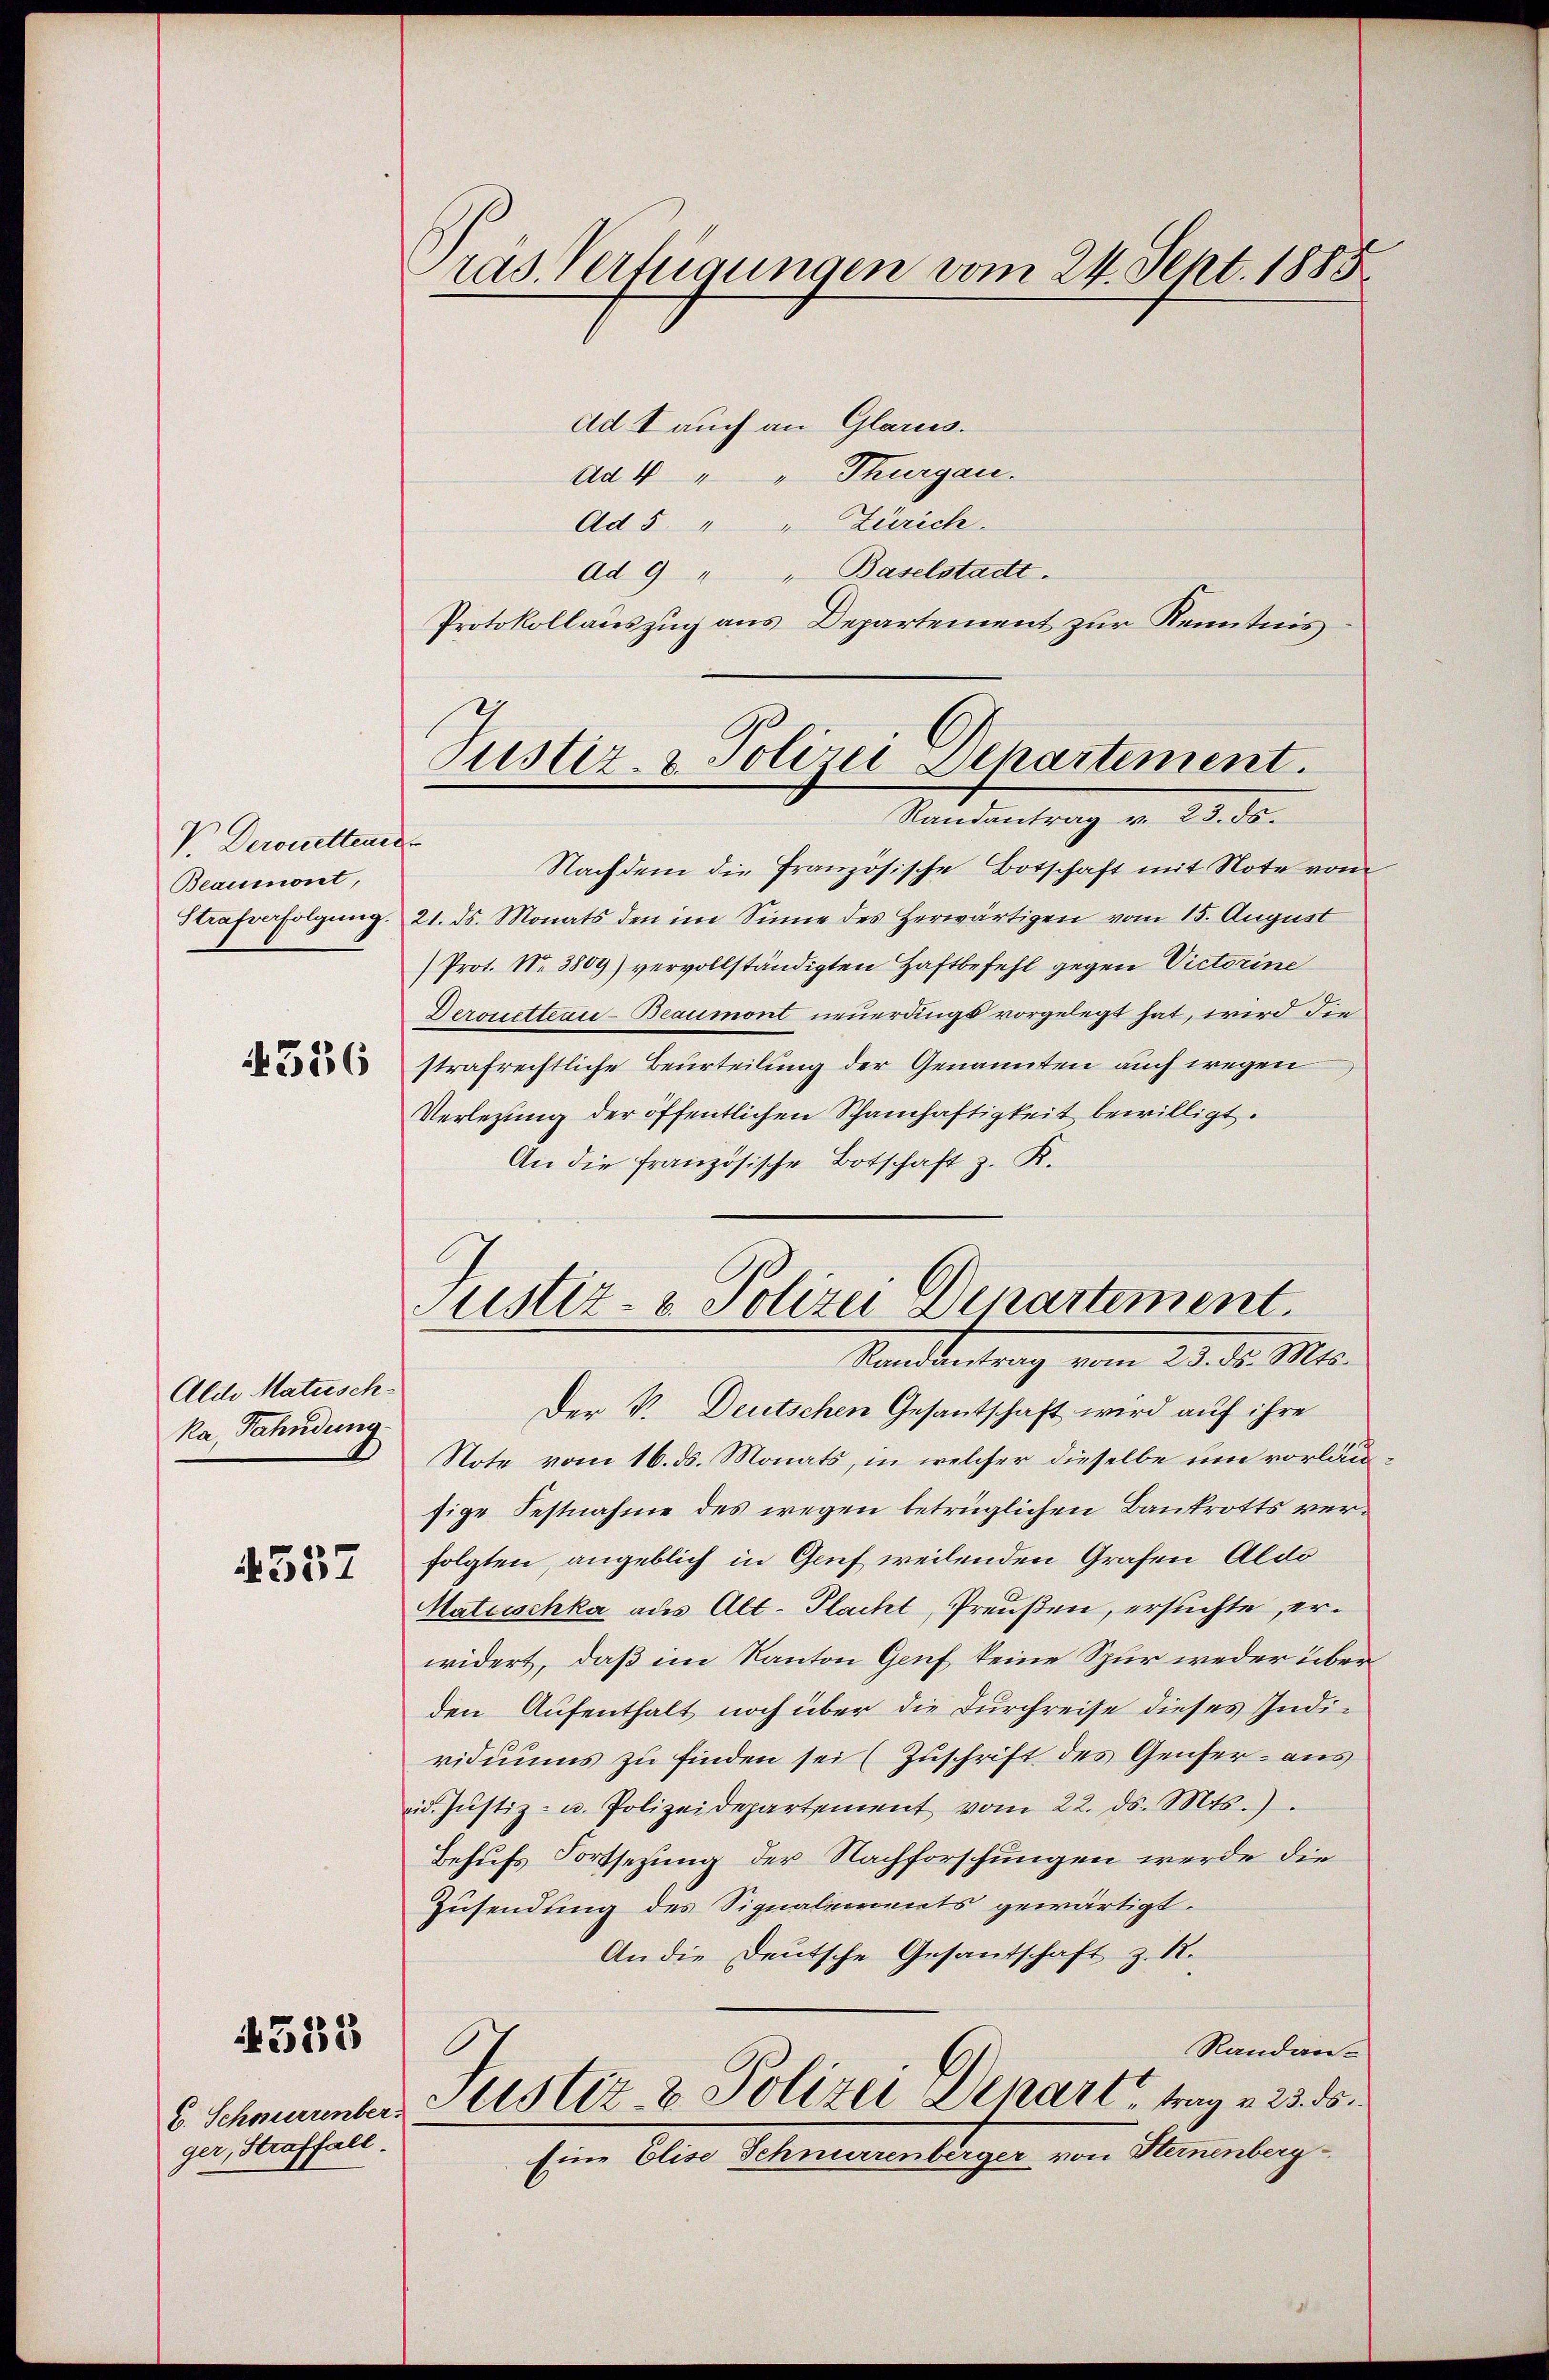
V. Deronettenes
Beaumont,
536

Aldle Matuschka, Fahndung

557

ger, Straffall.

4585

ras. Verfügungen vom 24. Sept. 1885.

Ad I auch an Glarus.
dd 4 " " Thurgau.
Ad 5 " " Zürich.
Ad 9 " " Baselstadt.
Protokollauszug aus Departement zur Kenntnis

Justiz- & Polizei-Departement.

Randantrag v. 23. ds.
Nachdem die französische Botschaft mit Note vom
Strafverfolgŭng. 21. ds. Monats den im Sinne des herwärtigen vom 15. August
Prot. No. 3809) vervollständigten Haftbefehl gegen Victorine
Derosetteau-Beaumont neuerdings vorgelegt hat, wird die
strafrechtliche Beurteilung der Genannten auch wegen
Verlegung der öffentlichen Schamhaftigkeit bewilligt.
An die französische Botschaft z. K.
Der V. Deutschen Gesantschaft wird auf ihre
Note vom 16. ds. Monats, in welcher dieselbe um vorläu
sige Festnahme des wegen betrüglichen Bankrotts verfolgten, angeblich in Gruf weilenden Grafen Aldo
Matuschka aus Alt. Placht, Preußen, ersuchte, erwidert, daß im Kanton Genf keine Spur weder überden Aufenthalt noch über die Furchreise dieses Individuums zu finden sei (Zuschrift des Genfer - aus
eid. Justiz- u. Polizeidepartement vom 22. ds. Mts.
Behufs Fortsetzung der Nachforschungen werde die
Zusendung des Signalements gewärtigt.
An die Deutsche Gesandschaft z. B.
Randan¬
5 Schmementer testiz- & Polizei Depart, trag v. 23. ds.
Eine Elise Schnurrenberger von Sternenberg

Justiz- u. Polizei Departement.
Standentrag vom 23. d. Mts.